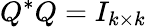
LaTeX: Q^{*}Q=I_{k\times k}